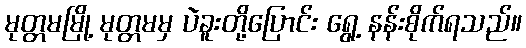
မုတ္တမမြို့ မုတ္တမမှ ပဲခူးတို့ပြောင်း ရွေ့ နန်းစိုက်ရသည်။